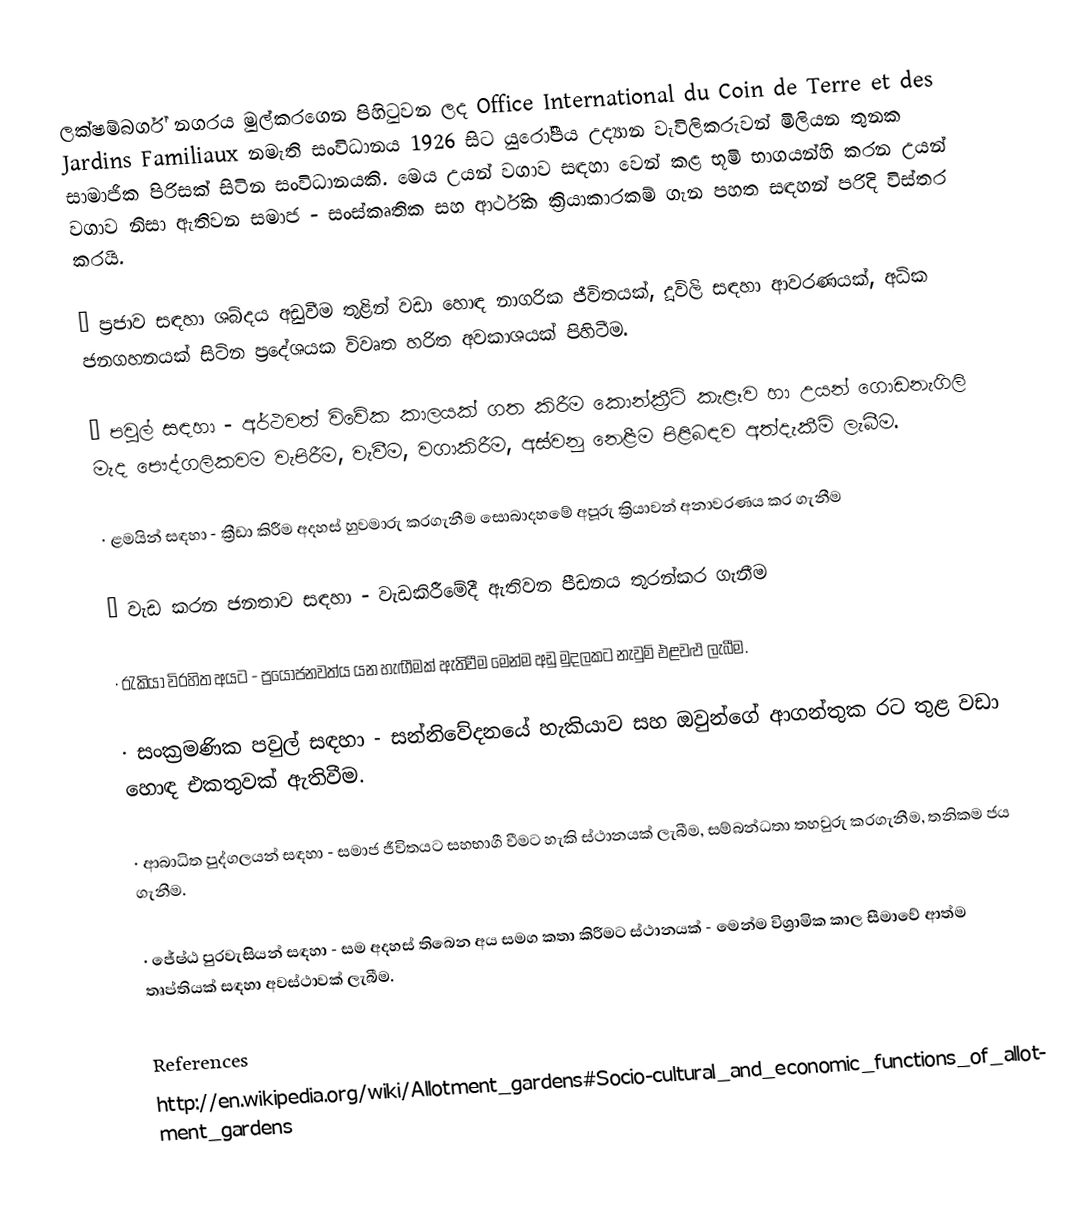
ලක්ෂම්බර්ග් නගරය මුල්කරගෙන පිහිටුවන ලද  Office International du Coin de Terre et des Jardins Familiaux නමැති සංවිධානය 1926 සිට යුරෝපීය උද්‍යාන වැවිලිකරුවන්  මිලියන තුනක සාමාජික පිරිසක් සිටින සංවිධානයකි. මෙය උයන් වගාව සඳහා වෙන් කළ භූමි භාගයන්හි කරන උයන් වගාව නිසා ඇතිවන සමාජ - සංස්කෘතික සහ ආර්ථික ක්‍රියාකාරකම් ගැන පහත සඳහන් පරිදි විස්තර කරයි.

·	ප්‍රජාව සඳහා ශබ්දය අඩුවීම තුළින් වඩා හොඳ නාගරික ජීවිතයක්, දූවිලි සඳහා ආවරණයක්, අධික ජනගහනයක් සිටින ප්‍රදේශයක විවෘත හරිත අවකාශයක් පිහිටීම.

·	පවුල් සඳහා - අර්ථවත් විවේක කාලයක් ගත කිරීම කොන්ක්‍රීට් කැළෑව හා උයන් ගොඩනැගිලි මැද  පෞද්ගලිකවම වැපිරීම, වැවීම, වගාකිරීම, අස්වනු නෙළීම පිළිබඳව අත්දැකීම් ලැබීම.

·	ළමයින් සඳහා - ක්‍රීඩා කිරීම අදහස් හුවමාරු කරගැනීම සොබාදහමේ අපූරු ක්‍රියාවන් අනාවරණය කර ගැනීම

·	වැඩ කරන ජනතාව සඳහා  - වැඩකිරීමේදී ඇතිවන පීඩනය තුරන්කර ගැනීම

·	රැකියා විරහිත අයට  - ප්‍රයෝජනවත්ය යන හැඟීමක් ඇතිවීම  මෙන්ම අඩු මුදලකට නැවුම් එළවළු ලැබීම.

·	සංක්‍රමණික පවුල් සඳහා - සන්නිවේදනයේ හැකියාව සහ ඔවුන්ගේ ආගන්තුක රට තුළ වඩා හොඳ එකතුවක් ඇතිවීම.

·	ආබාධිත පුද්ගලයන් සඳහා - සමාජ ජීවිතයට සහභාගී වීමට හැකි ස්ථානයක් ලැබීම, සම්බන්ධතා තහවුරු කරගැනීම, තනිකම ජය ගැනීම.

·	ජේෂ්ඨ පුරවැසියන් සඳහා - සම අදහස් තිබෙන අය සමග කතා කිරීමට ස්ථානයක් - මෙන්ම විශ්‍රාමික කාල සීමාවේ ආත්ම තෘප්තියක් සඳහා අවස්ථාවක් ලැබීම.

References
http://en.wikipedia.org/wiki/Allotment_gardens#Socio-cultural_and_economic_functions_of_allotment_gardens